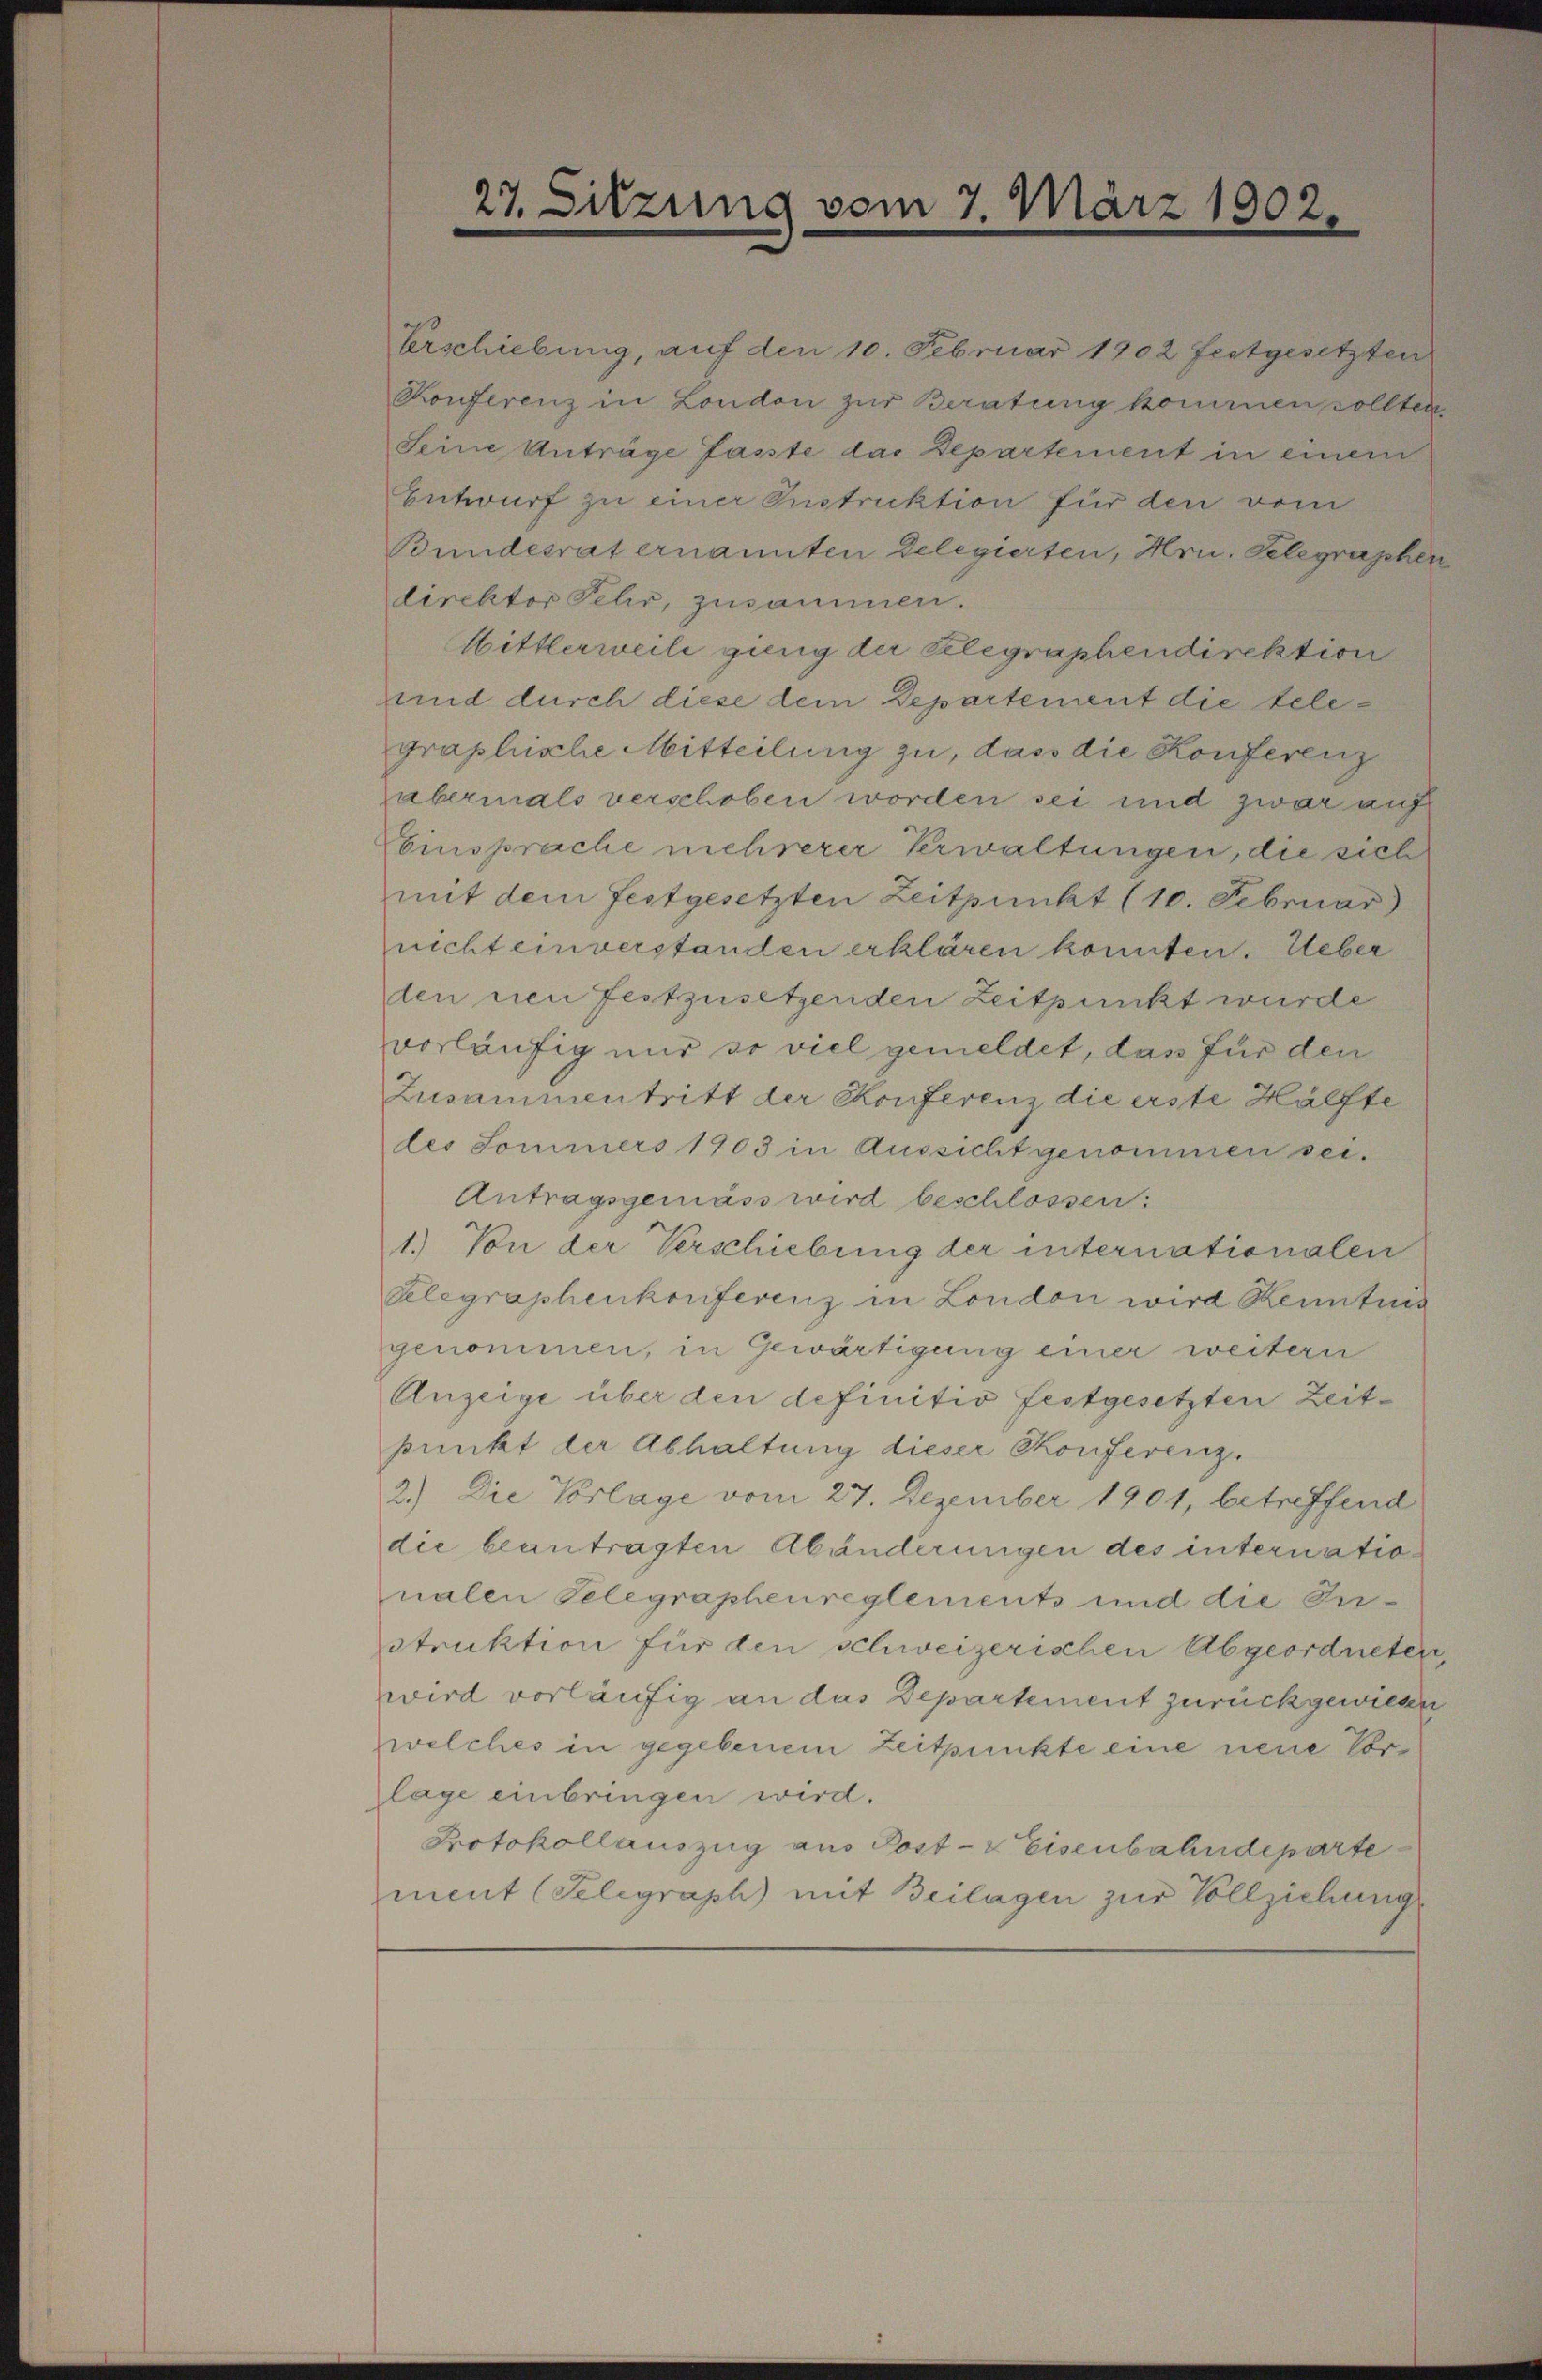
27. Sitzung vom 7. März 1902.

Entwurf zu einer Instruktion für den vom
Bundesrat ernannten Delegierten, Hrn. Telegraphen
direktor Fehr, zusammen.
Mittlerweile gieng der Telegraphendirektion
und durch diese dem Departement die telegraphische Mitteilung zu, dass die Konferenz
abermals verschoben worden sei und zwar auf
Einsprache mehrerer Verwaltungen, die sich
mit dem festgesetzten Zeitpunkt (10. Februar)
nicht einverstanden erklären konnten. Ueber
den neu festzusetzenden Zeitpunkt wurde
vorläufig nur so viel gemeldet, das für den
Zusammentritt der Conferenz die erste Hälfte
des Sommers 1903 in Aussicht genommen sei.
Antragsgemäss wird beschlossen:
1.) Von der Verschiebung der internationalen
Velegraphenkonferenz in London wird Kenntnis
genommen, in Gewärtigung einer weitern
Anzeige über den definitiv festgesetzten Zeitpunkt der Abhaltung dieser Konferenz.
2.) Die Vorlage vom 27. Dezember 1901, betreffend
die beantragten Abänderungen des internatio
nalen Telegrapheureglements und die Instruktion für den schweizerischen Abgeordneten,
wird vorläufig an das Departement zurückgewiesen
welches in gegebenem Zeitpunkte eine neue Vorlage einbringen wird.
Protokollauszug aus Post- & Eisenbahndeparte
ment (Seligraph) mit Beilagen zur Vollziehung

Erschiebung, auf den 10. Februar 1902 festgesetzten
Konferenz in London zur Beratung kommen sollten.
Seine Anträge fasste das Departement in einem